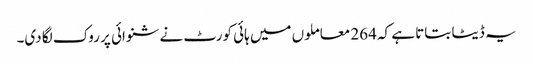
یہ ڈیٹا بتاتا ہے کہ 264 معاملوں میں ہائی کورٹ نے شنوائی پر روک لگا دی۔